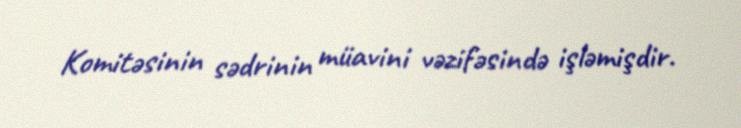
Komitəsinin sədrinin müavini vəzifəsində işləmişdir.